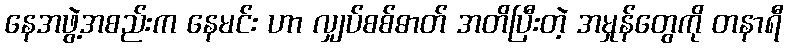
နေအဖွဲ့အစည်းက နေမင်း ဟာ လျှပ်စစ်ဓာတ် အတိပြီးတဲ့ အမှုန်တွေကို တနာရီ